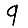
Digit: 9